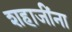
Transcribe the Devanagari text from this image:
शहाजींना